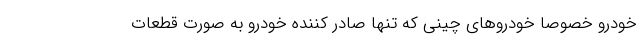
خودرو خصوصا خودروهای چینی که تنها صادر کننده خودرو به صورت قطعات